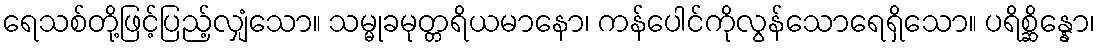
ရေသစ်တို့ဖြင့်ပြည့်လျှံသော။ သမ္မုခမုတ္တရိယမာနော၊ ကန်ပေါင်ကိုလွန်သောရေရှိသော။ ပရိစ္ဆိန္နော၊